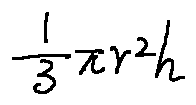
\frac { 1 } { 3 } \pi r ^ { 2 } h